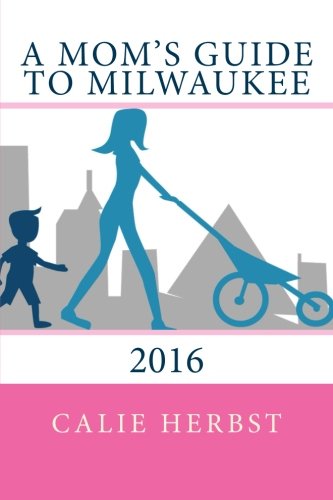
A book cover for A Mom's Guide to Milwaukee 2016; Calie Joy Herbst; Travel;